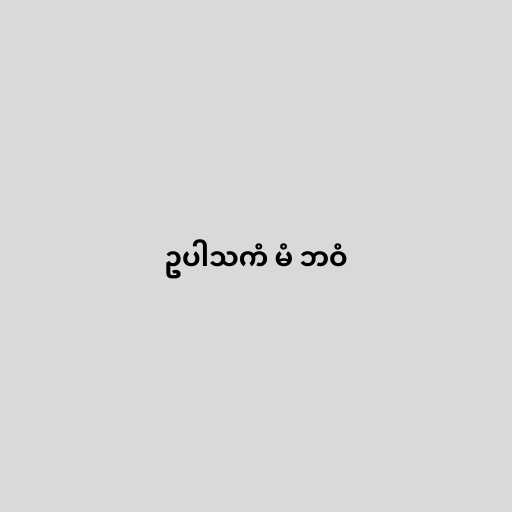
ဥပါသကံ မံ ဘဝံ